Elephants and their diseases
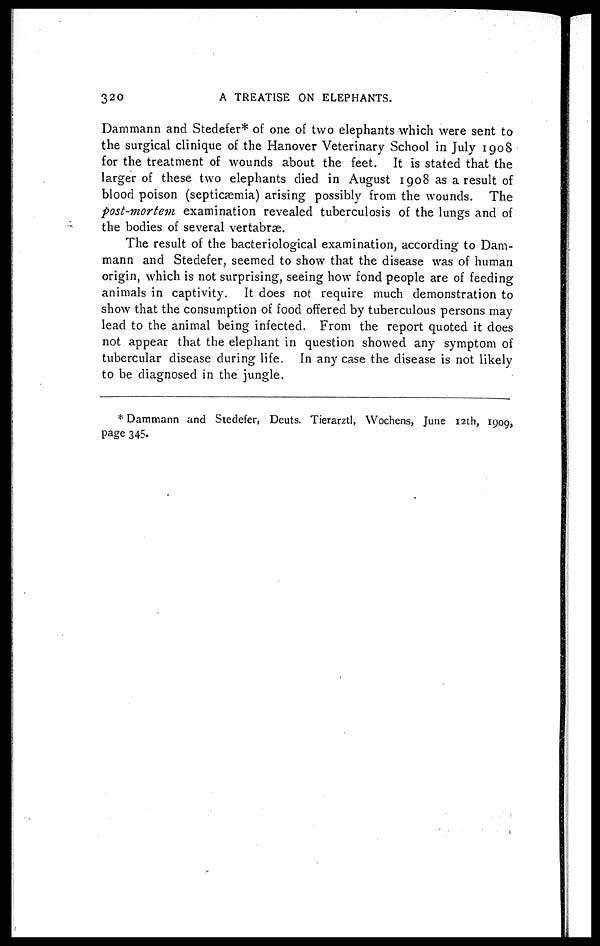
320
A TREATISE ON ELEPHANTS.
Dammann and Stedefer* of one of two elephants which were sent to
the surgical clinique of the Hanover Veterinary School in July 1908
for the treatment of wounds about the feet. It is stated that the
larger of these two elephants died in August 1908 as a result of
blood poison (septicæmia) arising possibly from the wounds. The
post-mortem examination revealed tuberculosis of the lungs and of
the bodies of several vertabræ.
The result of the bacteriological examination, according to Dam-
mann and Stedefer, seemed to show that the disease was of human
origin, which is not surprising, seeing how fond people are of feeding
animals in captivity. It does not require much demonstration to
show that the consumption of food offered by tuberculous persons may
lead to the animal being infected. From the report quoted it does
not appear that the elephant in question showed any symptom of
tubercular disease during life. In any case the disease is not likely
to be diagnosed in the jungle.
* Dammann and Stedefer, Deuts. Tierarztl, Wochens, June 12th, 1909,
page 345.